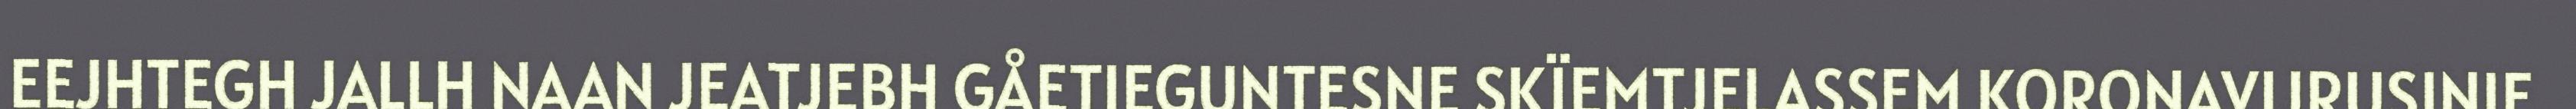
EEJHTEGH JALLH NAAN JEATJEBH GÅETIEGUNTESNE SKÏEMTJELASSEM KORONAVIJRUSINIE